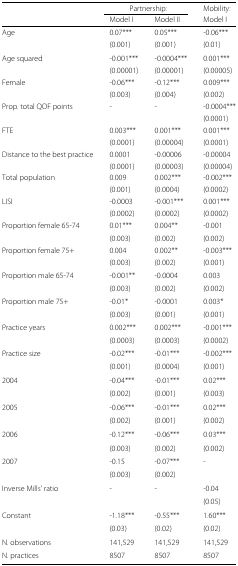
<table><thead><tr><td></td><td colspan="2"><b>Partnership:</b></td><td><b>Mobility:</b></td></tr><tr><td></td><td><b>Model I</b></td><td><b>Model II</b></td><td><b>Model I</b></td></tr></thead><tbody><tr><td>Age</td><td>0.07***</td><td>0.05***</td><td>-0.06***</td></tr><tr><td></td><td>(0.001)</td><td>(0.001)</td><td>(0.01)</td></tr><tr><td>Age squared</td><td>-0.001***</td><td>-0.0004***</td><td>0.001***</td></tr><tr><td></td><td>(0.00001)</td><td>(0.00001)</td><td>(0.00005)</td></tr><tr><td>Female</td><td>-0.06***</td><td>-0.12***</td><td>0.009***</td></tr><tr><td></td><td>(0.003)</td><td>(0.004)</td><td>(0.002)</td></tr><tr><td>Prop. total QOF points</td><td>-</td><td>-</td><td>-0.0004***</td></tr><tr><td></td><td></td><td></td><td>(0.0001)</td></tr><tr><td>FTE</td><td>0.003***</td><td>0.001***</td><td>0.001***</td></tr><tr><td></td><td>(0.0001)</td><td>(0.00004)</td><td>(0.0001)</td></tr><tr><td>Distance to the best practice</td><td>0.0001</td><td>-0.00006</td><td>-0.00004</td></tr><tr><td></td><td>(0.0001)</td><td>(0.00003)</td><td>(0.00004)</td></tr><tr><td>Total population</td><td>0.009</td><td>0.002***</td><td>-0.002***</td></tr><tr><td></td><td>(0.001)</td><td>(0.0004)</td><td>(0.0002)</td></tr><tr><td>LISI</td><td>-0.0003</td><td>-0.001***</td><td>0.001***</td></tr><tr><td></td><td>(0.0002)</td><td>(0.0002)</td><td>(0.0002)</td></tr><tr><td>Proportion female 65-74</td><td>0.01***</td><td>0.004**</td><td>-0.001</td></tr><tr><td></td><td>(0.003)</td><td>(0.002)</td><td>(0.002)</td></tr><tr><td>Proportion female 75+</td><td>0.004</td><td>0.002**</td><td>-0.003***</td></tr><tr><td></td><td>(0.003)</td><td>(0.002)</td><td>(0.001)</td></tr><tr><td>Proportion male 65-74</td><td>-0.001**</td><td>-0.0004</td><td>0.003</td></tr><tr><td></td><td>(0.003)</td><td>(0.002)</td><td>(0.002)</td></tr><tr><td>Proportion male 75+</td><td>-0.01*</td><td>-0.0001</td><td>0.003*</td></tr><tr><td></td><td>(0.003)</td><td>(0.001)</td><td>(0.001)</td></tr><tr><td>Practice years</td><td>0.002***</td><td>0.002***</td><td>-0.001***</td></tr><tr><td></td><td>(0.0003)</td><td>(0.0003)</td><td>(0.0002)</td></tr><tr><td>Practice size</td><td>-0.02***</td><td>-0.01***</td><td>-0.002***</td></tr><tr><td></td><td>(0.001)</td><td>(0.0004)</td><td>(0.001)</td></tr><tr><td>2004</td><td>-0.04***</td><td>-0.01***</td><td>0.02***</td></tr><tr><td></td><td>(0.002)</td><td>(0.001)</td><td>(0.003)</td></tr><tr><td>2005</td><td>-0.06***</td><td>-0.01***</td><td>0.02***</td></tr><tr><td></td><td>(0.002)</td><td>(0.001)</td><td>(0.002)</td></tr><tr><td>2006</td><td>-0.12***</td><td>-0.06***</td><td>0.03***</td></tr><tr><td></td><td>(0.003)</td><td>(0.002)</td><td>(0.002)</td></tr><tr><td>2007</td><td>-0.15</td><td>-0.07***</td><td>-</td></tr><tr><td></td><td>(0.003)</td><td>(0.002)</td><td></td></tr><tr><td>Inverse Mills’ ratio</td><td>-</td><td>-</td><td>-0.04</td></tr><tr><td></td><td></td><td></td><td>(0.05)</td></tr><tr><td>Constant</td><td>-1.18***</td><td>-0.55***</td><td>1.60***</td></tr><tr><td></td><td>(0.03)</td><td>(0.02)</td><td>(0.02)</td></tr><tr><td>N. observations</td><td>141,529</td><td>141,529</td><td>141,529</td></tr><tr><td>N. practices</td><td>8507</td><td>8507</td><td>8507</td></tr></tbody></table>